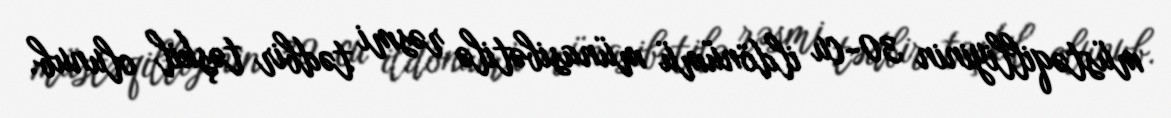
müstəqilliyinin 30-cu ildönümü münasibətilə rəsmi tədbir təşkil olunub.